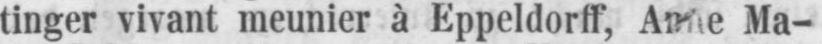
tinger vivant meunier à Eppeldorff, Anne Ma-